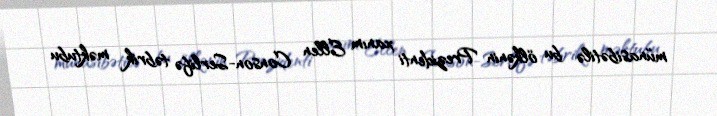
münasibətilə bu ölkənin Prezidenti xanım Ellen Conson-Serlifə təbrik məktubu